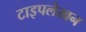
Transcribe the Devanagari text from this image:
टाइपलेखन